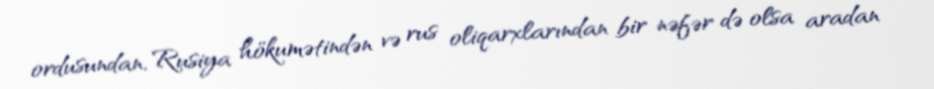
ordusundan, Rusiya hökumətindən və rus oliqarxlarından bir nəfər də olsa aradan